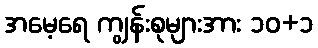
အမေ့ရေ ကျွန်းစုများအား ၁၀+၁